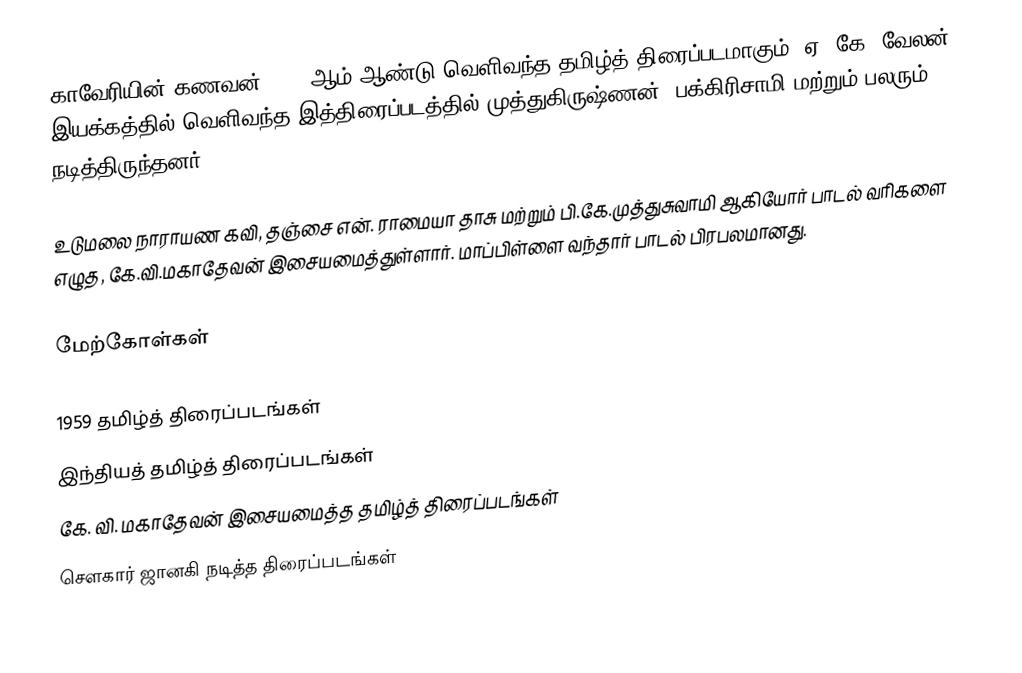
காவேரியின் கணவன் 1959 ஆம் ஆண்டு வெளிவந்த தமிழ்த் திரைப்படமாகும். ஏ. கே. வேலன் இயக்கத்தில் வெளிவந்த இத்திரைப்படத்தில் முத்துகிருஷ்ணன், பக்கிரிசாமி மற்றும் பலரும் நடித்திருந்தனர்.

உடுமலை நாராயண கவி, தஞ்சை என். ராமையா தாசு மற்றும் பி.கே.முத்துசுவாமி ஆகியோர் பாடல் வரிகளை எழுத, கே.வி.மகாதேவன் இசையமைத்துள்ளார்.  மாப்பிள்ளை வந்தார் பாடல் பிரபலமானது.

மேற்கோள்கள்

1959 தமிழ்த் திரைப்படங்கள்
இந்தியத் தமிழ்த் திரைப்படங்கள்
கே. வி. மகாதேவன் இசையமைத்த தமிழ்த் திரைப்படங்கள்
சௌகார் ஜானகி நடித்த திரைப்படங்கள்